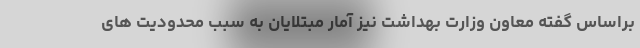
براساس گفته معاون وزارت بهداشت نیز آمار مبتلایان به سبب محدودیت های